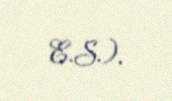
E.S.).